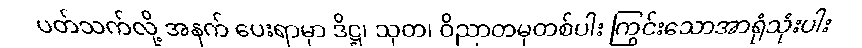
ပတ်သက်လို့ အနက် ပေးရာမှာ ဒိဋ္ဌ၊ သုတ၊ ဝိညာတမှတစ်ပါး ကြွင်းသောအာရုံသုံးပါး